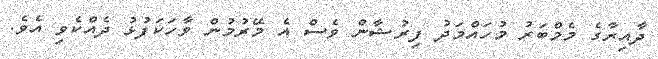
ދާއިރާގެ މެމްބަރު މުހައްމަދު ފިރުޝާން ވެސް އެ މޭރުމުން ވާހަކަފުޅު ދެއްކެވި އެވެ.